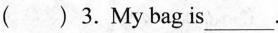
( ) 3.My bag is ___.